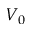
V _ { 0 }